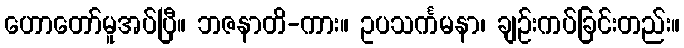
ဟောတော်မူအပ်ပြီ။ ဘဇနာတိ-ကား။ ဥပသင်္ကမနာ၊ ချဉ်းကပ်ခြင်းတည်း။